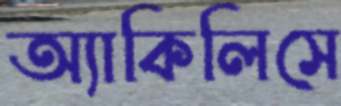
অ্যাকিলিসে